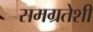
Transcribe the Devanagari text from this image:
समग्रतेशी